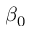
\beta _ { 0 }